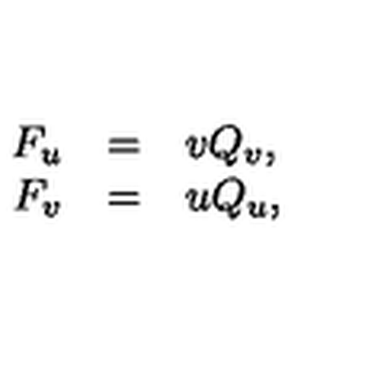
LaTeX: \begin{array} { r c l } { F _ { u } } & { = } & { v Q _ { v } , } \\ { F _ { v } } & { = } & { u Q _ { u } , } \\ \end{array}